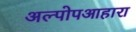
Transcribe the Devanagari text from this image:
अल्पोपआहारा